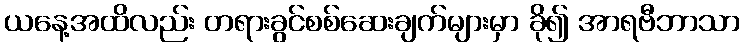
ယနေ့အထိလည်း တရားခွင်စစ်ဆေးချက်များမှာ ခို၍ အာရဗီဘာသာ